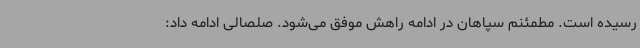
رسیده است. مطمئنم سپاهان در ادامه راهش موفق می‌شود. صلصالی ادامه داد: